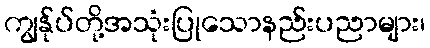
ကျွန်ုပ်တို့အသုံးပြုသောနည်းပညာများ၊